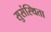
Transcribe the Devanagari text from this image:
सुसंस्थिता